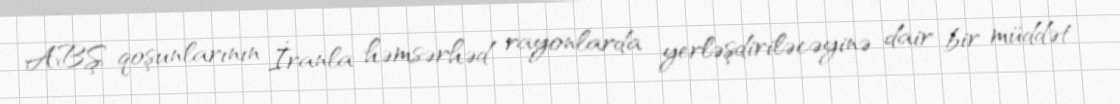
ABŞ qoşunlarının İranla həmsərhəd rayonlarda yerləşdiriləcəyinə dair bir müddət